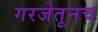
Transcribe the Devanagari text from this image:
गरजेतूनच